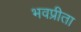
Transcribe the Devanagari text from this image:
भवप्रीता